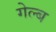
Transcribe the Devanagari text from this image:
गेल्ब